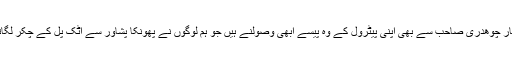
افتخار چوھدری صاحب سے بھی اپنی پیٹرول کے وہ پیسے ابھی وصولنے ہیں جو ہم لوگوں نے پھونکا پشاور سے اٹک پل کے چکر لگاتے۔